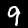
Label: 9